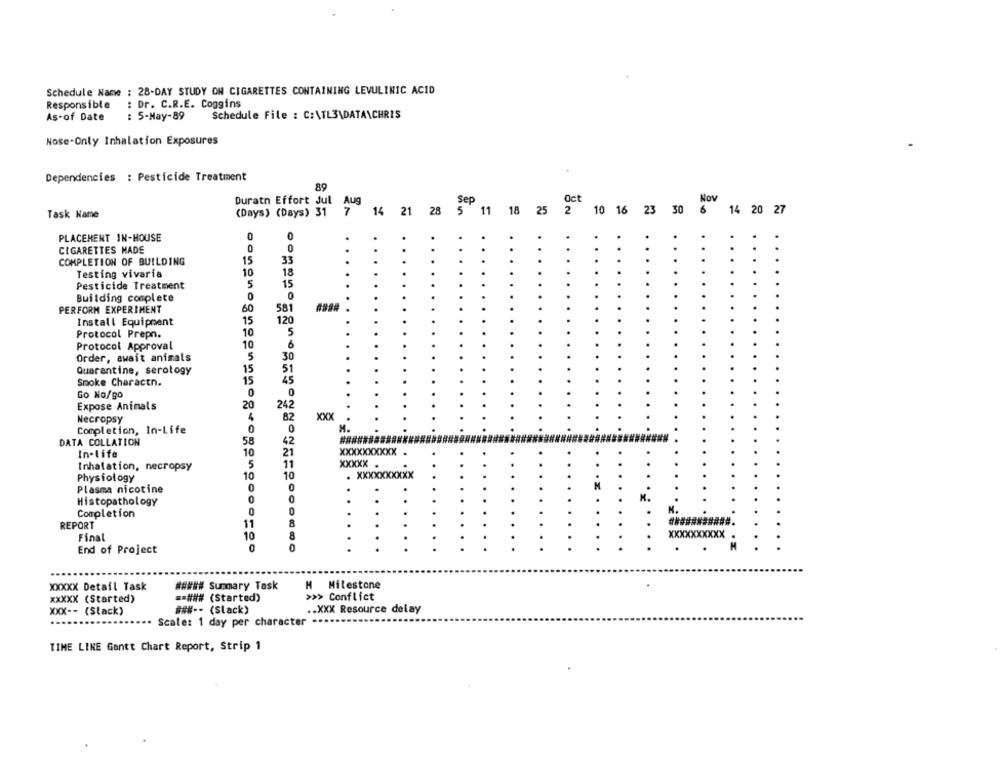
Schedule Name : 28-DAY STUDY ON CIGARETTES CONTAINING LEVULINIC ACID
Responsible
: Dr. C.R.E. Coggins
Schedule File : C:\TL3\DATA\CHRIS
As-of Date
: 5-May-89
Nose-Only Inhalation Exposures
Dependencies : Pesticide Treatment
89
Nov
Duratn Effort Jul Aug
Oct
(Days) (Days) 31
7
14 21 28
SeP 11 18 25
10 16
23
30
6
14 20 27
Task Name
PLACEMENT IN-HOUSE
0
0
CIGARETTES HADE
0
0
15
COMPLETION OF BUILDING
33
Testing vivaria
10
18
Pesticide Treatment
5
15
.....
Building complete
0
0
PERFORM EXPERIMENT
60
581
15
Install Equipment
120
Protocol Prepn.
10
5
6
Protocol Approval
10
Order, await animals
5
30
Quarantine, serology
15
51
15
45
Spoke Charactn.
Go No/go
0
0
Expose Animals
20
242
Necropsy
82
XXX
M.
M.
Completion, In-Life
0
0
DATA COLLATION
58
42
In-life
10
21
xxxxxxxxXX .
5
11
XXXXX
Inhalation, necropsy
Physiology
10
10
. XXXXXXXXXX
0
0
Plasma nicotine
Histopathology
0
0
0
K.
Completion
REPORT
11
8
Final
10
8
.....
xxXXX
0
0
End of Project
XXXXX Detail Task
##### Summary Task
H Milestone
xxXXX (Started)
== ### (Started)
>>> Conflict
### -- (Slack)
.. XXX Resource delay
XXX -- (Slack)
Scale: 1 day per character
TIME LINE Gantt Chart Report, Strip 1